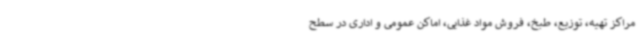
مراکز تهیه، توزیع، طبخ، فروش مواد غذایی، اماکن عمومی و اداری در سطح